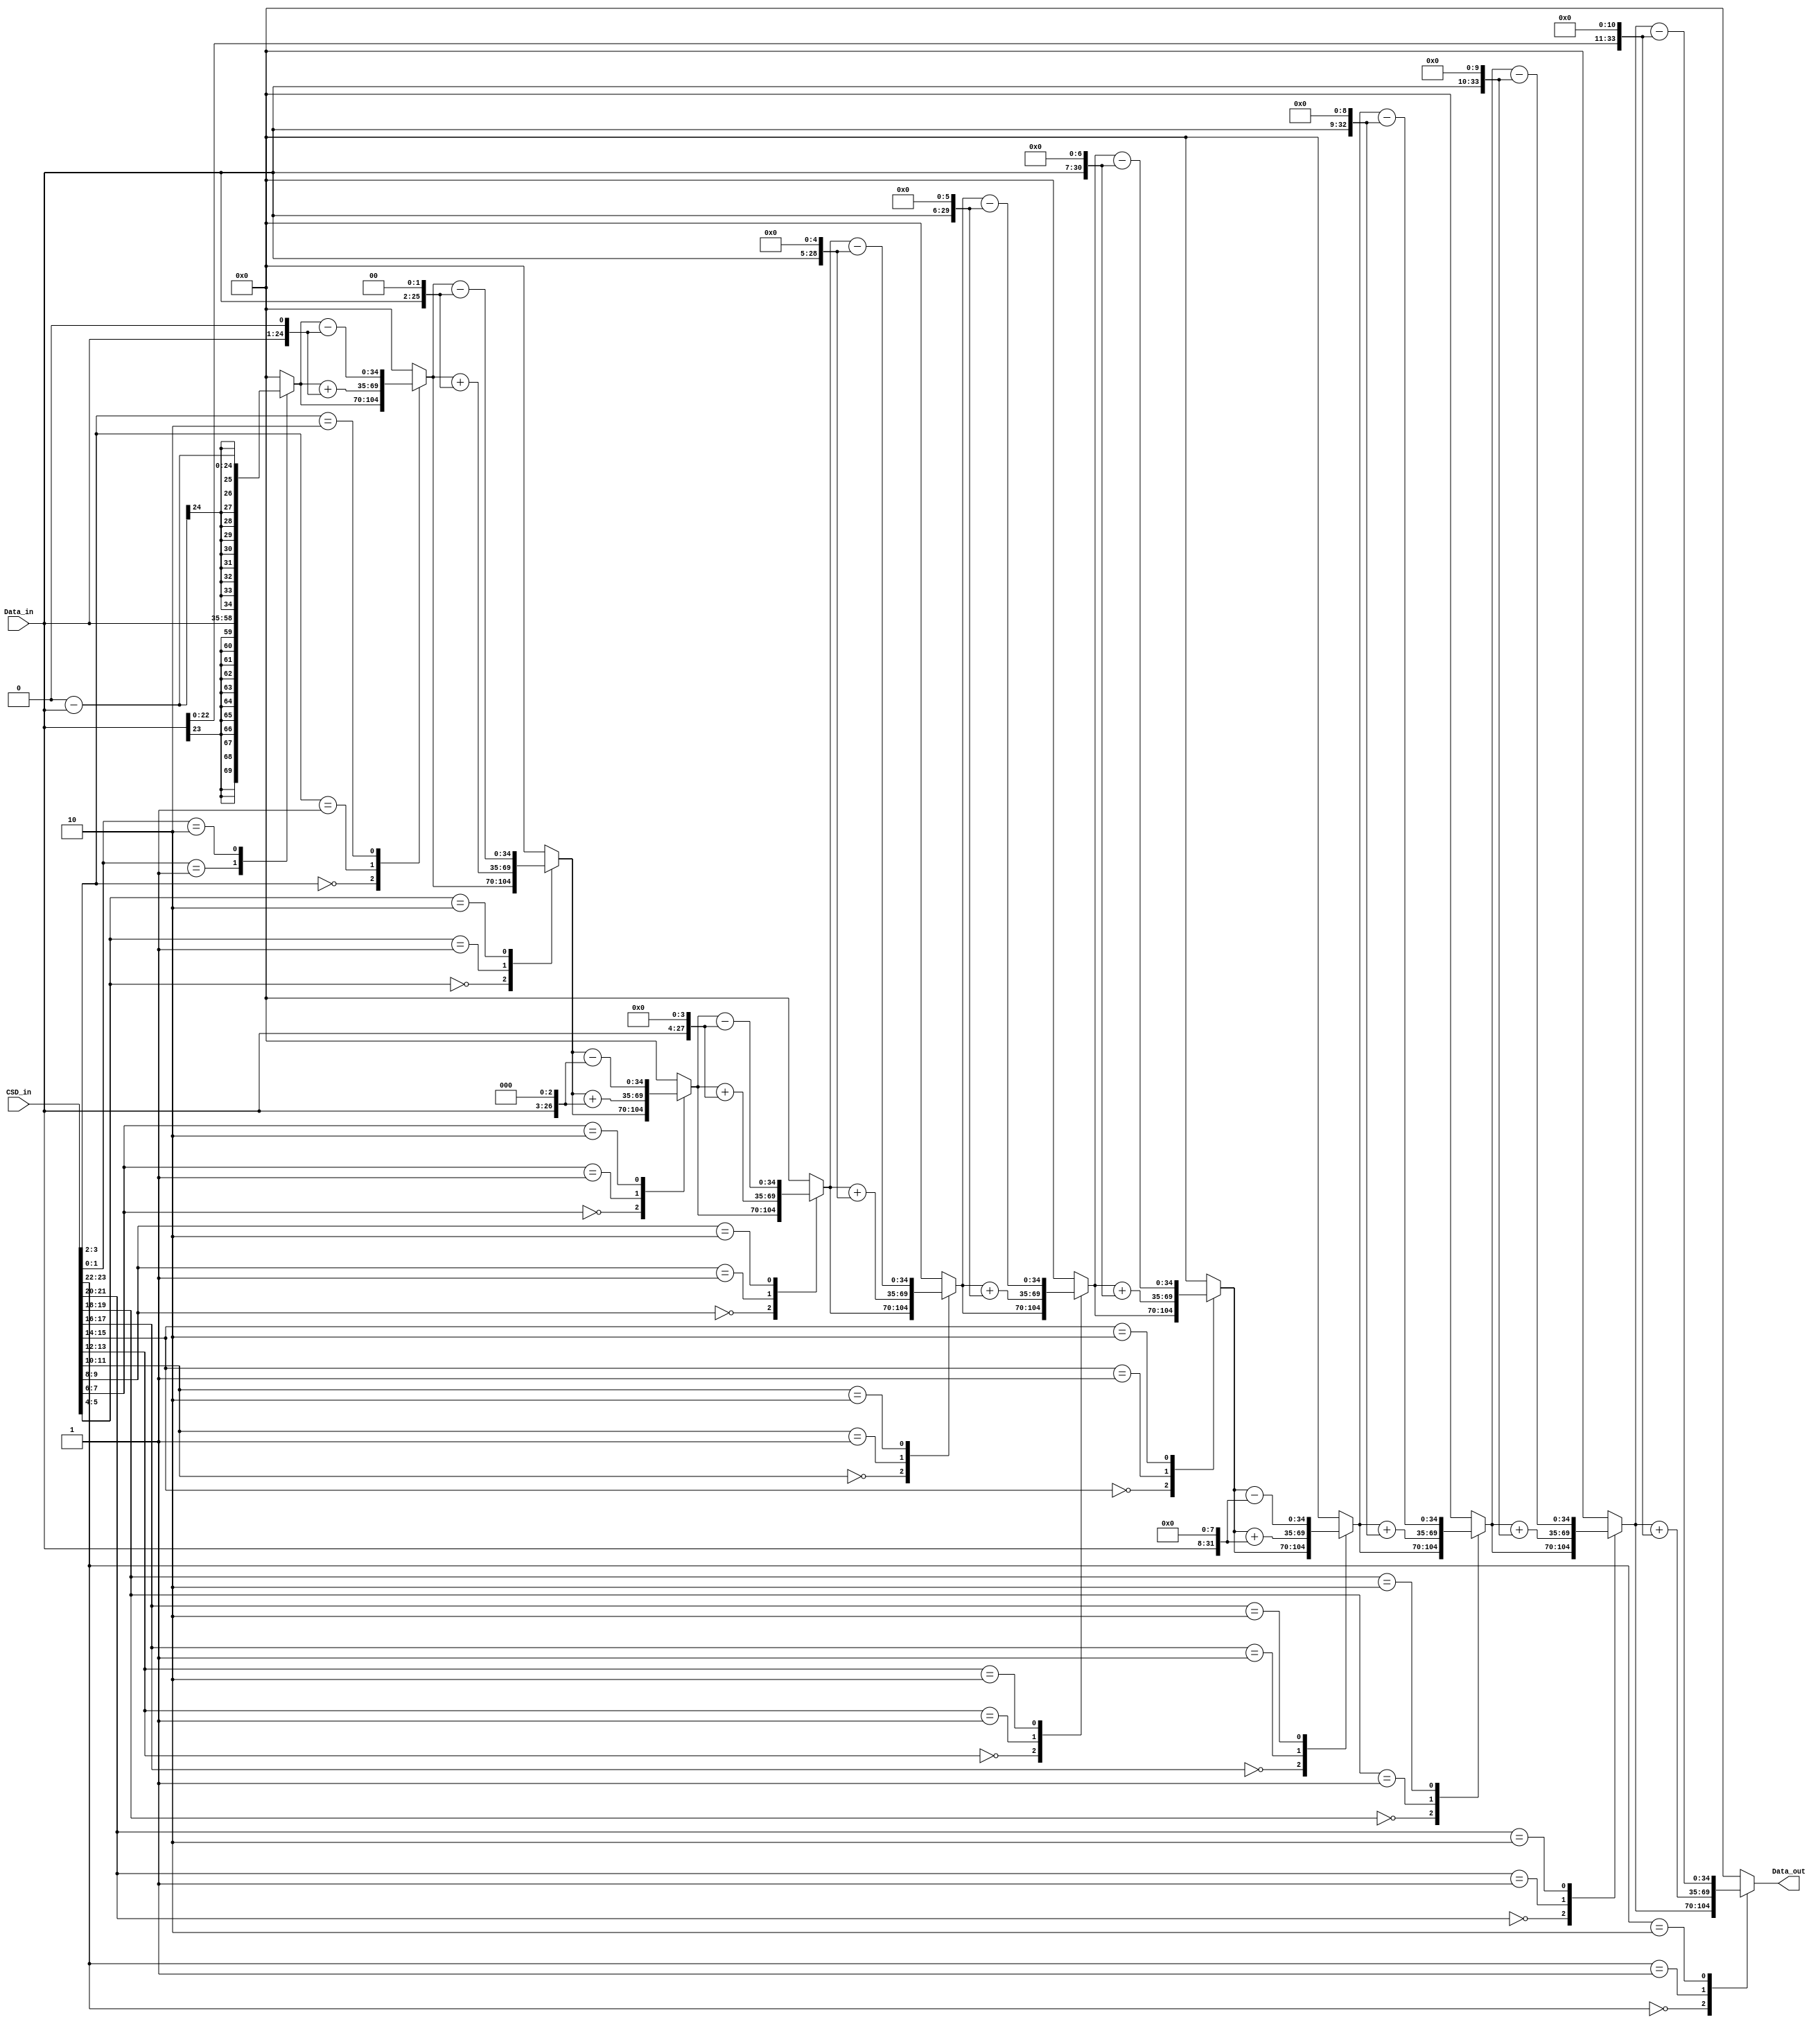
//#######################
// CDS multiplier block
//#######################

module CSD_mult_SDM(CSD_in,Data_in,Data_out);

input [23:0] CSD_in;
input signed [23:0] Data_in;
output signed [34:0] Data_out;
reg signed  [34:0] Data_sum[11:0]; //reg
wire signed [33:0] partial_prod[11:0]; //net

//sum
assign Data_out=Data_sum[11];

//
assign partial_prod[0]=Data_in; //
assign partial_prod[1]=partial_prod[0]<<1;
assign partial_prod[2]=partial_prod[0]<<2;
assign partial_prod[3]=partial_prod[0]<<3;
assign partial_prod[4]=partial_prod[0]<<4;
assign partial_prod[5]=partial_prod[0]<<5;
assign partial_prod[6]=partial_prod[0]<<6;
assign partial_prod[7]=partial_prod[0]<<7;
assign partial_prod[8]=partial_prod[0]<<8;
assign partial_prod[9]=partial_prod[0]<<9;
assign partial_prod[10]=partial_prod[0]<<10;
assign partial_prod[11]=partial_prod[0]<<11;


//CSD_in
always @(*)begin
	case(CSD_in[1:0])
		2'b00: Data_sum[0]=0;
		2'b01: Data_sum[0]=partial_prod[0];
		2'b10: Data_sum[0]=0-partial_prod[0];
		default: Data_sum[0]=0;
	endcase
end

always @(*)begin
	case(CSD_in[3:2])
		2'b00: Data_sum[1]=Data_sum[0];
		2'b01: Data_sum[1]=Data_sum[0]+partial_prod[1];
		2'b10: Data_sum[1]=Data_sum[0]-partial_prod[1];
		default: Data_sum[1]=0;
	endcase
end

always @(*)begin
	case(CSD_in[5:4])
		2'b00: Data_sum[2]=Data_sum[1];
		2'b01: Data_sum[2]=Data_sum[1]+partial_prod[2];
		2'b10: Data_sum[2]=Data_sum[1]-partial_prod[2];
		default: Data_sum[2]=0;
	endcase
end

always @(*)begin
	case(CSD_in[7:6])
		2'b00: Data_sum[3]=Data_sum[2];
		2'b01: Data_sum[3]=Data_sum[2]+partial_prod[3];
		2'b10: Data_sum[3]=Data_sum[2]-partial_prod[3];
		default: Data_sum[3]=0;
	endcase
end

always @(*)begin
	case(CSD_in[9:8])
		2'b00: Data_sum[4]=Data_sum[3];
		2'b01: Data_sum[4]=Data_sum[3]+partial_prod[4];
		2'b10: Data_sum[4]=Data_sum[3]-partial_prod[4];
		default: Data_sum[4]=0;
	endcase
end

always @(*)begin
	case(CSD_in[11:10])
		2'b00: Data_sum[5]=Data_sum[4];
		2'b01: Data_sum[5]=Data_sum[4]+partial_prod[5];
		2'b10: Data_sum[5]=Data_sum[4]-partial_prod[5];
		default: Data_sum[5]=0;
	endcase
end

always @(*)begin
	case(CSD_in[13:12])
		2'b00: Data_sum[6]=Data_sum[5];
		2'b01: Data_sum[6]=Data_sum[5]+partial_prod[6];
		2'b10: Data_sum[6]=Data_sum[5]-partial_prod[6];
		default: Data_sum[6]=0;
	endcase
end

always @(*)begin
	case(CSD_in[15:14])
		2'b00: Data_sum[7]=Data_sum[6];
		2'b01: Data_sum[7]=Data_sum[6]+partial_prod[7];
		2'b10: Data_sum[7]=Data_sum[6]-partial_prod[7];
		default: Data_sum[7]=0;
	endcase
end

always @(*)begin
	case(CSD_in[17:16])
		2'b00: Data_sum[8]=Data_sum[7];
		2'b01: Data_sum[8]=Data_sum[7]+partial_prod[8];
		2'b10: Data_sum[8]=Data_sum[7]-partial_prod[8];
		default: Data_sum[8]=0;
	endcase
end

always @(*)begin
	case(CSD_in[19:18])
		2'b00: Data_sum[9]=Data_sum[8];
		2'b01: Data_sum[9]=Data_sum[8]+partial_prod[9];
		2'b10: Data_sum[9]=Data_sum[8]-partial_prod[9];
		default: Data_sum[9]=0;
	endcase
end

always @(*)begin
	case(CSD_in[21:20])
		2'b00: Data_sum[10]=Data_sum[9];
		2'b01: Data_sum[10]=Data_sum[9]+partial_prod[10];
		2'b10: Data_sum[10]=Data_sum[9]-partial_prod[10];
		default: Data_sum[10]=0;
	endcase
end

always @(*)begin
	case(CSD_in[23:22])
		2'b00: Data_sum[11]=Data_sum[10];
		2'b01: Data_sum[11]=Data_sum[10]+partial_prod[11];
		2'b10: Data_sum[11]=Data_sum[10]-partial_prod[11];
		default: Data_sum[11]=0;
	endcase
end

endmodule